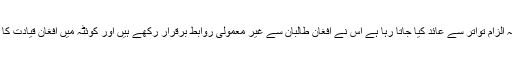
اب تک پاکستان پر یہ الزام تواتر سے عائد کیا جاتا رہا ہے اس نے افغان طالبان سے غیر معمولی روابط برقرار رکھے ہیں اور کوئٹہ میں افغان قیادت کا میزبان بھی رہا ہے۔